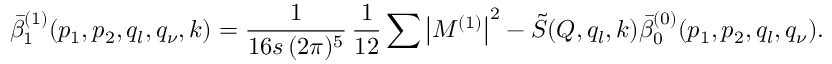
\bar { \beta } _ { 1 } ^ { ( 1 ) } ( p _ { 1 } , p _ { 2 } , q _ { l } , q _ { \nu } , k ) = \frac { 1 } { 1 6 s \, ( 2 \pi ) ^ { 5 } } \, \frac { 1 } { 1 2 } \sum \left| { \cal M } ^ { ( 1 ) } \right| ^ { 2 } - \tilde { S } ( Q , q _ { l } , k ) \bar { \beta } _ { 0 } ^ { ( 0 ) } ( p _ { 1 } , p _ { 2 } , q _ { l } , q _ { \nu } ) .